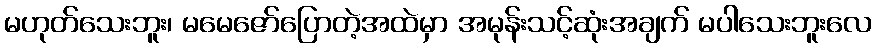
မဟုတ်သေးဘူး၊ မမေဇော်ပြောတဲ့အထဲမှာ အမုန်းသင့်ဆုံးအချက် မပါသေးဘူးလေ